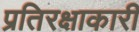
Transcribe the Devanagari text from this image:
प्रतिरक्षाकारी